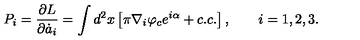
P _ { i } = \frac { \partial L } { \partial \dot { a } _ { i } } = \int d ^ { 2 } x \left[ \pi \nabla _ { i } \varphi _ { c } e ^ { i \alpha } + c . c . \right] , \qquad i = 1 , 2 , 3 .